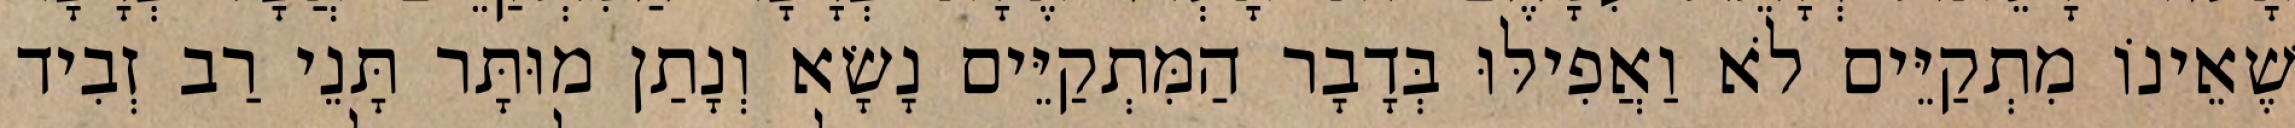
שֶׁאֵינוֹ מִתְקַיֵּים לֹא וַאֲפִילּוּ בְּדָבָר הַמִּתְקַיֵּים נָשָׂא וְנָתַן מוּתָּר תָּנֵי רַב זְבִיד